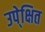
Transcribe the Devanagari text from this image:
उपे्क्षित